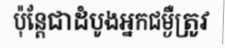
ប៉ុន្តែជាដំបូងអ្នកជម្ងឺត្រូវ